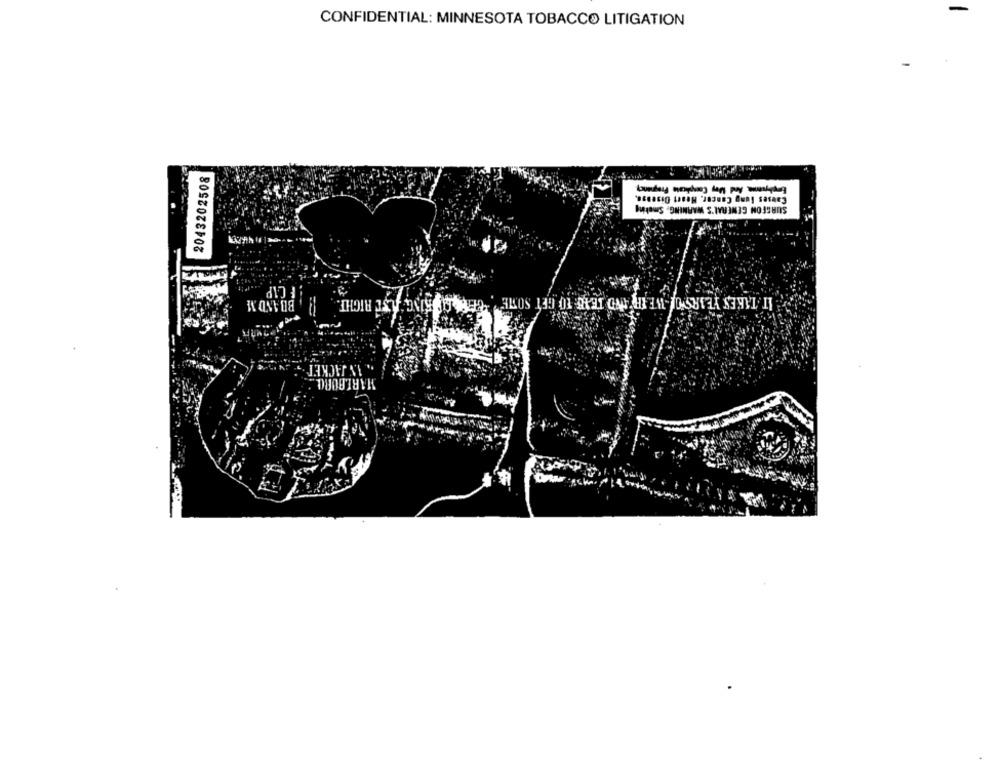
CONFIDENTIAL: MINNESOTA TOBACCO LITIGATION
2043202508
Emphysema, And Mary Complicate Pregnancy
Causes lung Cancer. Heart Disease.
SURGEON GENERAL'S WARNING: Smoking
FCIP
BU AND M
ALSC RIGHT.
IT TAKES YEARSYOL WE IR AND TEAR TO GET SOME
. AN JACKET
MARLBORO